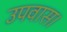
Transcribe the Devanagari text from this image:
उपवास।